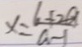
x = \frac { 6 + 2 a } { a - 1 }